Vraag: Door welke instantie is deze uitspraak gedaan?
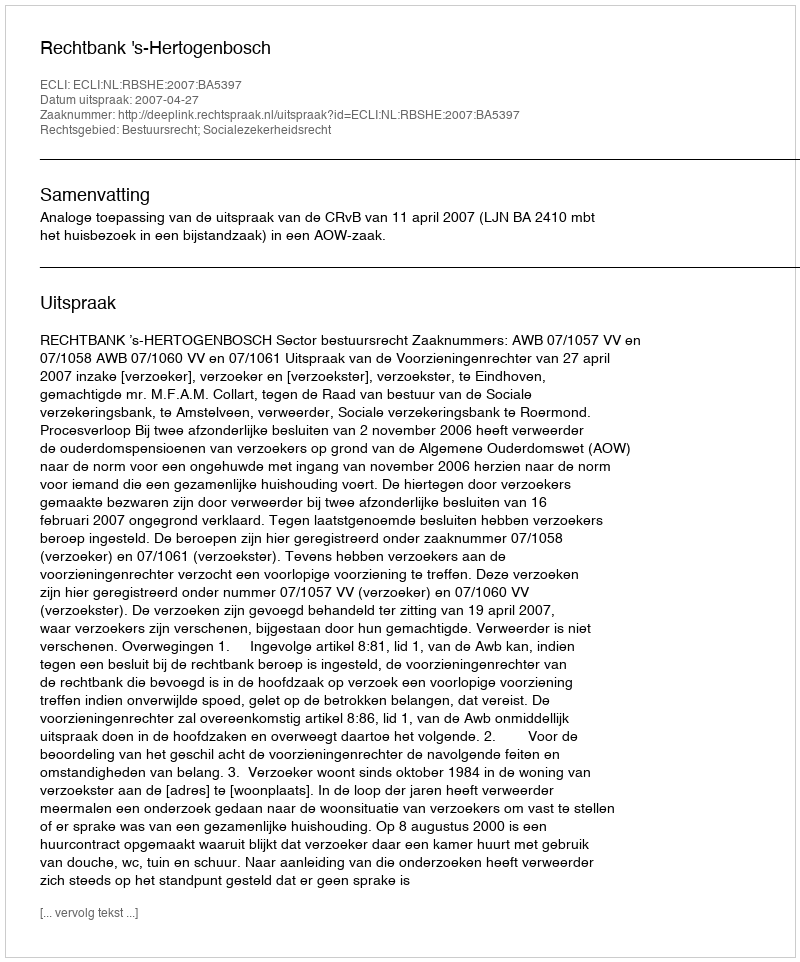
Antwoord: Rechtbank 's-Hertogenbosch